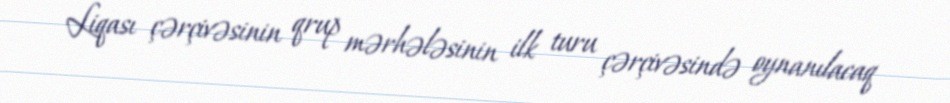
Liqası çərçivəsinin qrup mərhələsinin ilk turu çərçivəsində oynanılacaq